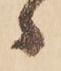
ゝ